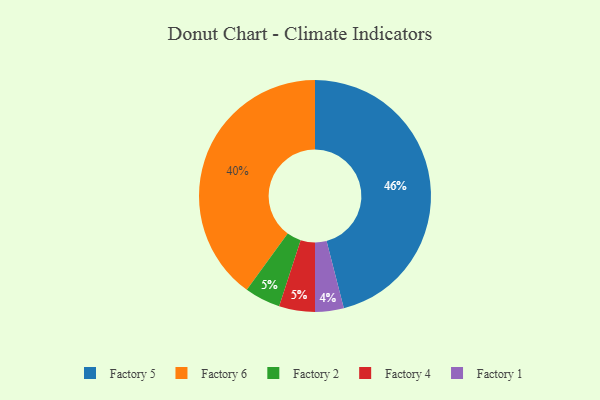
{"axis": {"x": "Category", "y": "Percentage"}, "legend": ["Factory 1", "Factory 2", "Factory 4", "Factory 5", "Factory 6"], "data": [{"x": "Factory 5", "y": 46, "type": "Factory 5"}, {"x": "Factory 2", "y": 5, "type": "Factory 2"}, {"x": "Factory 6", "y": 40, "type": "Factory 6"}, {"x": "Factory 1", "y": 4, "type": "Factory 1"}, {"x": "Factory 4", "y": 5, "type": "Factory 4"}]}